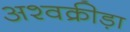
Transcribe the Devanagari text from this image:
अश्वक्रीड़ा